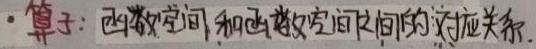
算子：函数空间和函数空间之间的对应关系.